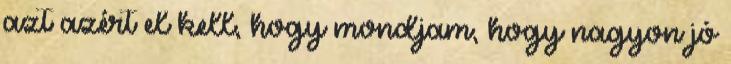
azt azért el kell, hogy mondjam, hogy nagyon jó